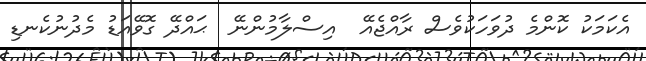
އެކަމަކު ކޮންމެ ދުވަހަކުވެސް ރާއްޖެއޭ  އިސްލާމުންނޭ  ޙައްދޭ ގޮވޭއަޑު މެދުނުކެނޑި